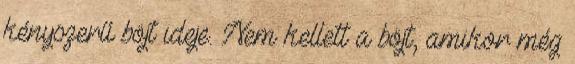
kényszerű böjt ideje. Nem kellett a böjt, amikor még